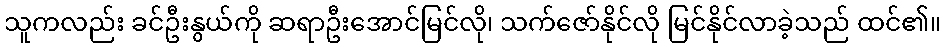
သူကလည်း ခင်ဦးနွယ်ကို ဆရာဦးအောင်မြင်လို၊ သက်ဇော်နိုင်လို မြင်နိုင်လာခဲ့သည် ထင်၏။